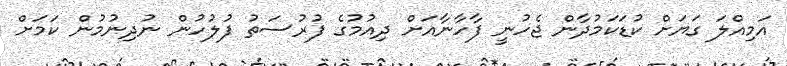
އަމިއްލަ ގަޔަށް ކުޑަކަމުދާން ޖެހުނީ ފާހާނާއަށް ދިއުމުގެ ފުރުސަތު ފުލުހުން ނުދިނުމުން ކަމަށް